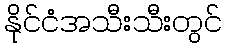
နိုင်ငံအသီးသီးတွင်